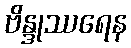
ဗိန္ဒုဿရေန